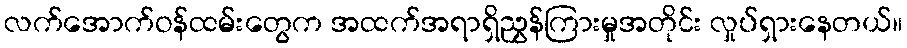
လက်အောက်ဝန်ထမ်းတွေက အထက်အရာရှိညွှန်ကြားမှုအတိုင်း လှုပ်ရှားနေတယ်။